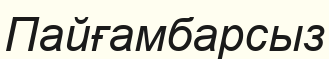
Пайғамбарсыз